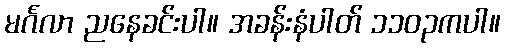
မင်္ဂလာ ညနေခင်းပါ။ အခန်းနံပါတ် ၁၁၀၃ကပါ။